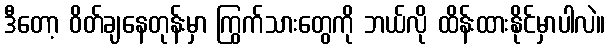
ဒီတော့ ဝိတ်ချနေတုန်းမှာ ကြွက်သားတွေကို ဘယ်လို ထိန်းထားနိုင်မှာပါလဲ။